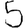
Digit: 5